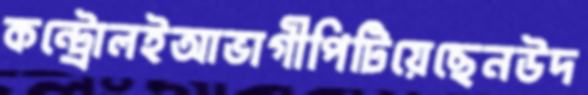
কন্ট্রোলইআভাগীপিটিয়েছেনউদ